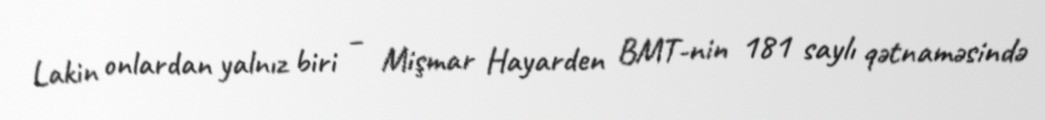
Lakin onlardan yalnız biri – Mişmar Hayarden BMT-nin 181 saylı qətnaməsində